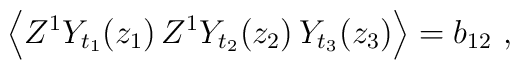
\Big\langle Z^1 Y_{t_1}(z_1)\, Z^1 Y_{t_2}(z_2)\, Y_{t_3}(z_3)\Big\rangle =b_{12}\ ,